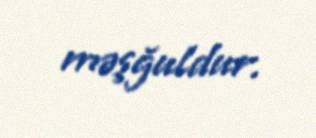
məşğuldur.